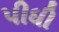
પીધી